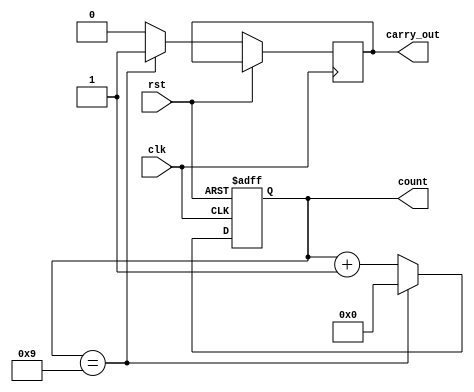
module BCD_Counter(

    input wire clk,
    input wire rst,
    output reg [3:0] count,
    output reg carry_out
    
);

always @(posedge clk or posedge rst) begin
    if(rst) begin
        count <= 4'b0000;
    end
    else begin
        if(count == 4'b1001) begin
            count <= 4'b0000;
            carry_out <= 1;
        end
        else begin
            count <= count + 1;
            carry_out <= 0;
        end
    end
end

endmodule